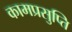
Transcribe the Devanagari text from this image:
कामप्रसुप्ति